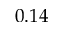
0 . 1 4